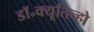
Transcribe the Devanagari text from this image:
डॉ॰क्यूतिन्हो